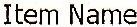
ITEM NAME